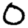
Digit: 0